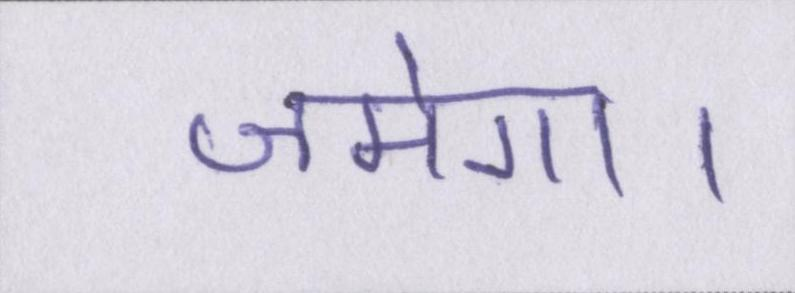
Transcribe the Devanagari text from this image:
जमेगा।